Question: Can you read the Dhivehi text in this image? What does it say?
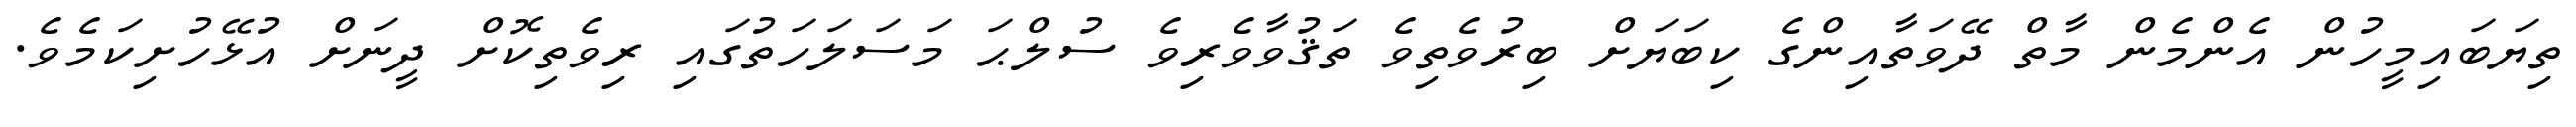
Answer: ތިޔަބައިމީހުން އެންމެން މާތް ދޭވަތާއިންގެ ކިބަޔަށް ބިރުވެތިވެ ތަޤުވާވެރިވެ ސުލްޙަ މަސަލަހަތުގައި ރިވެތިކޮށް ދީނަށް އުޅޭހުށިކަމެވެ.